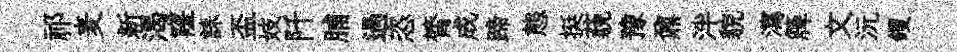
祁麦新渴窿誄盃妓阡脯過恣膂成蹄態挺藐豫鼐泮貌瀉簰文沅钁